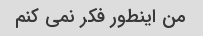
من اینطور فکر نمی کنم